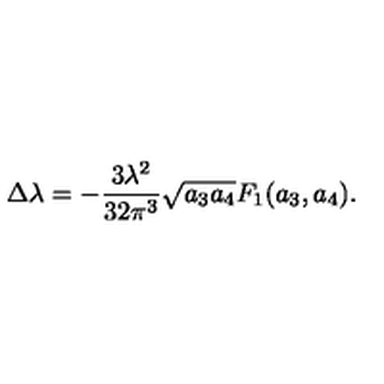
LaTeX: \Delta \lambda = - \frac { 3 \lambda ^ { 2 } } { 3 2 \pi ^ { 3 } } \sqrt { a _ { 3 } a _ { 4 } } F _ { 1 } ( a _ { 3 } , a _ { 4 } ) .